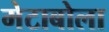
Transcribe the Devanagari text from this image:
मेटाबोला